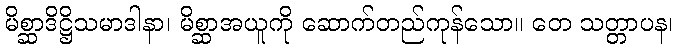
မိစ္ဆာဒိဋ္ဌိသမာဒါနာ၊ မိစ္ဆာအယူကို ဆောက်တည်ကုန်သော။ တေ သတ္တာပန၊